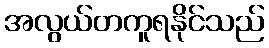
အလွယ်တကူရနိုင်သည်